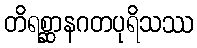
တိရစ္ဆာနဂတပုရိသဿ